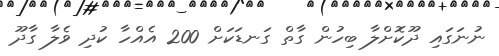
ނުނަގައި ދޫކޮށްލާ ބިހުން ގާތް ގަނޑަކަށް 200 އެއްހާ ކުދި ވެލާ ގާދޫ